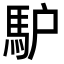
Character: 馿